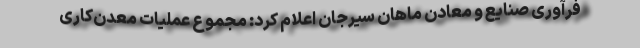
فرآورى صنایع و معادن ماهان سیرجان اعلام کرد: مجموع عملیات معدن‌کاری